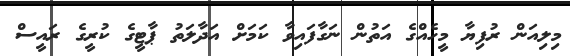
މިލިއަން ރުފިޔާ މީހެއްގެ އަތުން ނަގާފައިވާ ކަމަށް އަދާލަތު ޕާޓީގެ ކުރީގެ ރައީސް